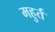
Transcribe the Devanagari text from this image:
महुर्त